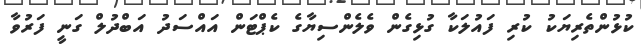
ކުޅުންތެރިޔަކު ކުރި ފައުލަކާ ގުޅިގެން ވެލެންސިޔާގެ ކެޕްޓަން އައްސަދު އަބްދުލް ގަނީ ފަރުވާ